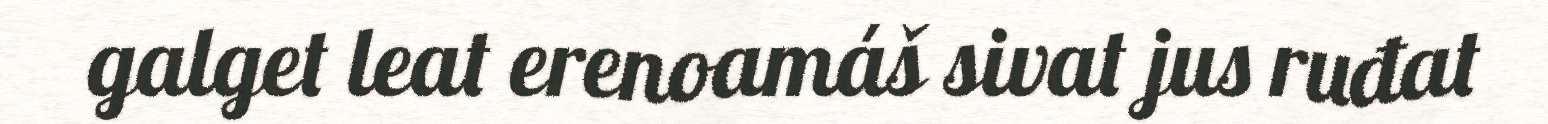
galget leat erenoamáš sivat jus ruđat